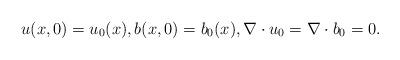
LaTeX: \begin{align*}u(x,0)=u_0(x),b(x,0)=b_0(x), \nabla\cdot u_0=\nabla\cdot b_0=0.\end{align*}